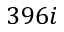
3 9 6 i